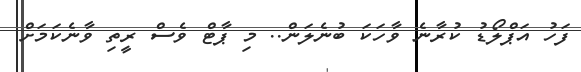
ފަހު އަޕްލޯޑު ކުރާނެ ވާހަކަ ބުނެލަން.. މި ޕާޓް ވެސް ރީތި ވާނެކަމަށް